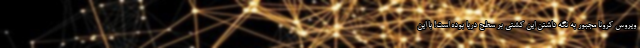
ویروس کرونا مجبور به نگه داشتن این کشتی بر سطح دریا بوده است! با این